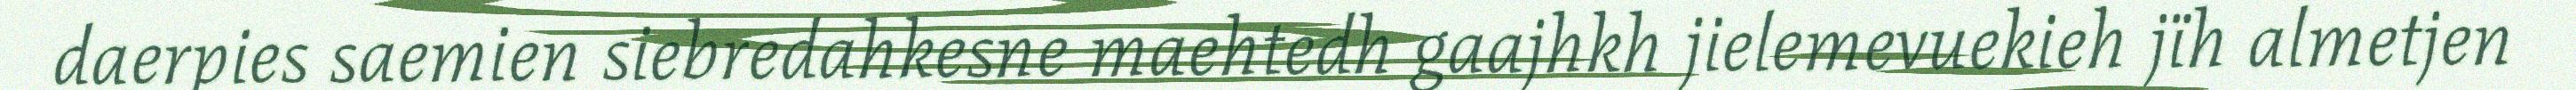
daerpies saemien siebredahkesne maehtedh gaajhkh jielemevuekieh jïh almetjen